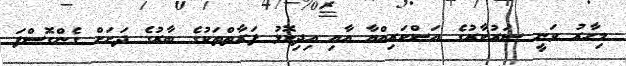
މިހާރު ވަނީ ސަރުކާރުގެ އަސްކަރިއްޔާ އާއި އިދިކޮޅު ފަރާތްތަކުގެ ބާރުގެ ދަށަށް ގެންގޮސްފަ